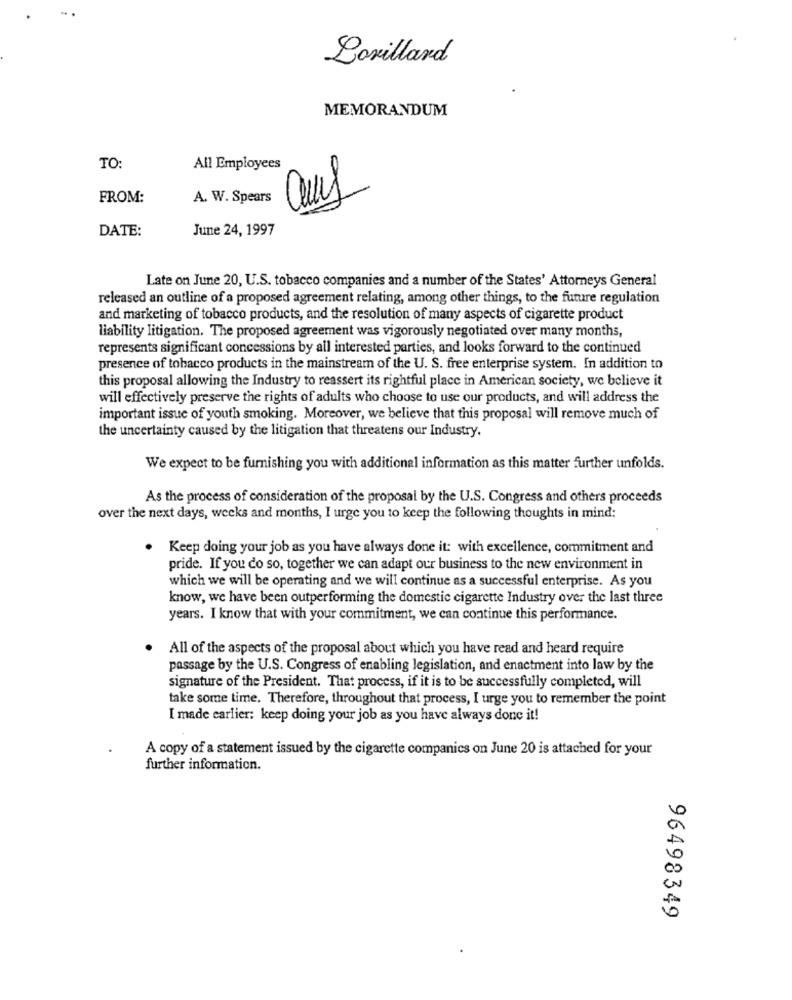
Lovillard
MEMORANDUM
TO:
All Employees
FROM:
A. W. Spears
DATE:
June 24, 1997
Late on June 20, U.S. tobacco companies and a number of the States' Attorneys General
released an outline of a proposed agreement relating, among other things, to the future regulation
and marketing of tobacco products, and the resolution of many aspects of cigarette product
liability litigation. The proposed agreement was vigorously negotiated over many months,
represents significant concessions by all interested parties, and looks forward to the continued
presence of tobacco products in the mainstream of the U. S. free enterprise system. In addition to
this proposal allowing the Industry to reassert its rightful place in American society, we believe it
will effectively preserve the rights of adults who choose to use our products, and will address the
important issue of youth smoking. Moreover, we believe that this proposal will remove much of
the uncertainty caused by the litigation that threatens our Industry.
We expect to be furnishing you with additional information as this matter further unfolds.
As the process of consideration of the proposal by the U.S. Congress and others proceeds
over the next days, weeks and months, I urge you to keep the following thoughts in mind:
. Keep doing your job as you have always done it: with excellence, commitment and
pride. If you do so, together we can adapt our business to the new environment in
which we will be operating and we will continue as a successful enterprise. As you
know, we have been outperforming the domestic cigarette Industry over the last three
years. I know that with your commitment, we can continue this performance.
All of the aspects of the proposal about which you have read and heard require
passage by the U.S. Congress of enabling legislation, and enactment into law by the
signature of the President. That process, if it is to be successfully completed, will
take some time. Therefore, throughout that process, I urge you to remember the point
I made carlier: keep doing your job as you have always done it!
A copy of a statement issued by the cigarette companies on June 20 is attached for your
further information.
10
00
96498349